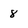
Character: 8